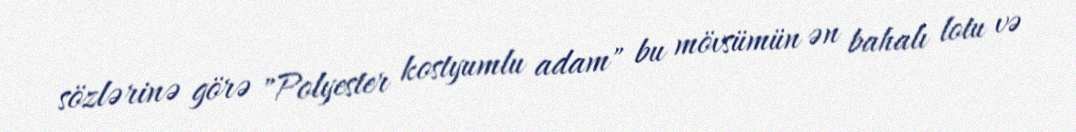
sözlərinə görə "Polyester kostyumlu adam" bu mövsümün ən bahalı lotu və